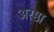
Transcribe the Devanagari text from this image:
अरष्ठा